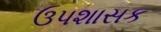
ઉપશાસક